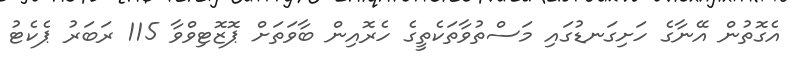
އެގޮތުން އޭނާގެ ހަށިގަނޑުގައި މަސްތުވާތަކެތީގެ ހެރޮއިން ބާވަތަށް ޕޮޒޮޓިވްވާ 115 ރަބަރު ޕެކެޓު